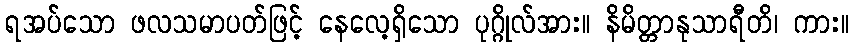
ရအပ်သော ဖလသမာပတ်ဖြင့် နေလေ့ရှိသော ပုဂ္ဂိုလ်အား။ နိမိတ္တာနုသာရီတိ၊ ကား။